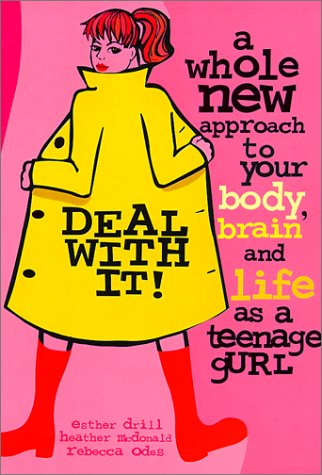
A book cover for Deal with It!: A Whole New Approach to Your Body, Brain, and Life as a Gurl; Esther Drill; Teen & Young Adult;